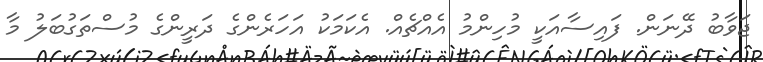
ޖަވާބު ދޭނަން. ފައިސާއަކީ މުހިންމު އެއްޗެއް. އެކަމަކު އަހަރެންގެ ދަރީންގެ މުސްތަގުބަލު މާ